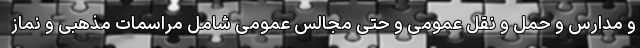
و مدارس و حمل و نقل عمومی و حتی مجالس عمومی شامل مراسمات مذهبی و نماز